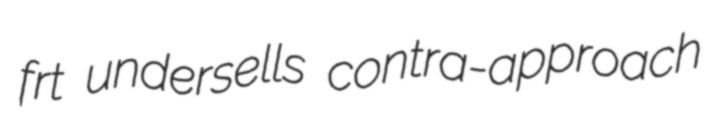
frt undersells contra-approach